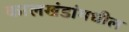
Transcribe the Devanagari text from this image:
कालखंडांमधील